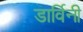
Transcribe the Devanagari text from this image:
डार्विनी